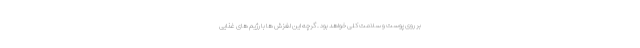
بر روی پوست و سلامت کلی خواهد بود . گرچه این لغزش ها با رژیم های غذایی